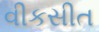
વીકસીત